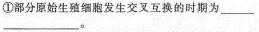
①部分原始生殖细胞发生交叉互换的时期为______。